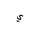
Letter: _ya